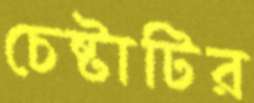
চেষ্টাটির